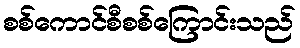
စစ်ကောင်စီစစ်ကြောင်းသည်